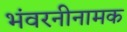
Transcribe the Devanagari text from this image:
भंवरनीनामक